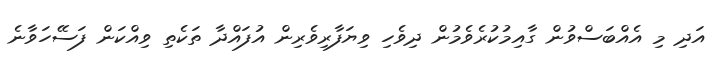
އަދި މި އެއްބަސްވުން ގާއިމުކުރެވެމުން ދިވެހި ވިޔަފާރިވެރިން އުފައްދާ ތަކެތި ވިއްކަން ފަސޭހަވާނެ